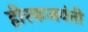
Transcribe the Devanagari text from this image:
हीरकजयंती